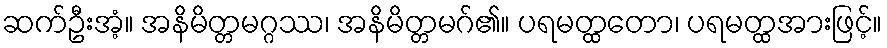
ဆက်ဦးအံ့။ အနိမိတ္တမဂ္ဂဿ၊ အနိမိတ္တမဂ်၏။ ပရမတ္ထတော၊ ပရမတ္ထအားဖြင့်။